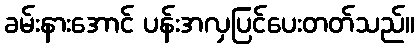
ခမ်းနားအောင် ပန်းအလှပြင်ပေးတတ်သည်။